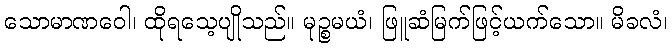
သောမာဏဝေါ၊ ထိုရသေ့ပျိုသည်။ မုဉ္စမယံ၊ ဖြူဆံမြက်ဖြင့်ယက်သော။ မိခလံ၊